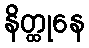
နိတ္ထုနေ